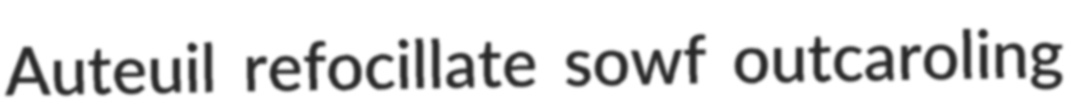
Auteuil refocillate sowf outcaroling